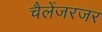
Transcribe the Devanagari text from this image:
चैलेंजरजर